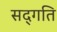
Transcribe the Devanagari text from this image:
सद्‍गति